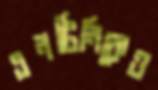
এনটিনিকেও